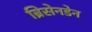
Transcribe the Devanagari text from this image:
ब्रिसेनडेन